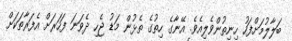
ބަލާލުމަށްފަހު ހިނިތުންވެލިއެވެ. އޭނާގެ ހިތުގެ ތެޅުން މަޑު ޖެހި ދެވަނަ ފަހަރަށް އެފަރާތަކަށް